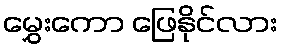
မွှေးကော ဖြေနိုင်လား